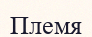
Племя